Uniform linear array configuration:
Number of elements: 48
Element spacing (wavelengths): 0.25
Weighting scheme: kaiser
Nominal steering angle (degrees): -60
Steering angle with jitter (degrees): -58.381
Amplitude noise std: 0.05
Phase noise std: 0.05

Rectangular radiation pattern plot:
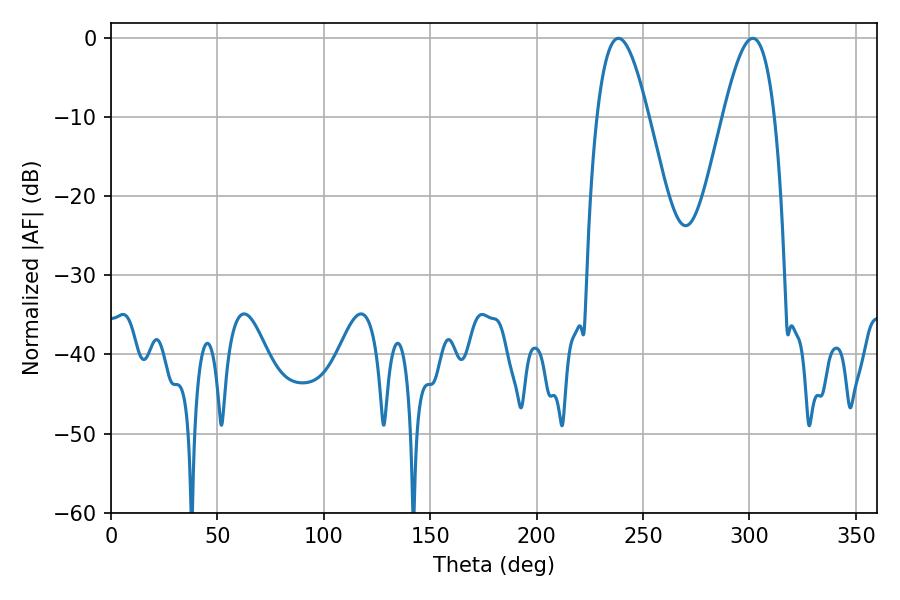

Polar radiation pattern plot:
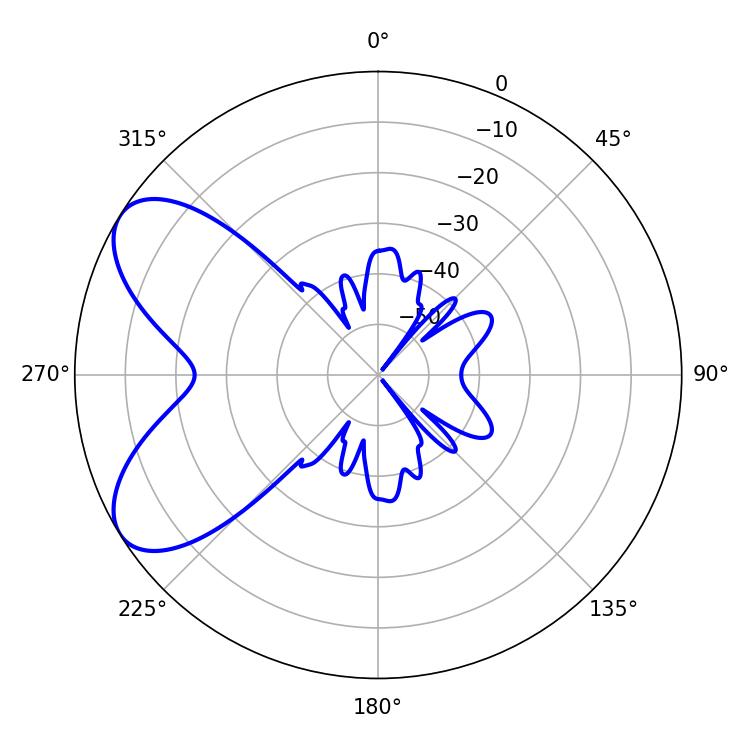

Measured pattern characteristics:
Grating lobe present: FALSE
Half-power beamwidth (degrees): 13.14
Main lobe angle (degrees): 238.5